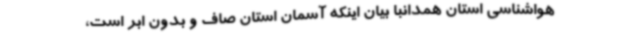
هواشناسی استان همدانبا بیان اینکه آسمان استان صاف و بدون ابر است،